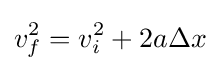
v_{f}^{2}=v_{i}^{2}+2a\Delta x